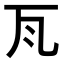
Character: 𭺛